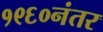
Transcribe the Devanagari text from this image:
१९६०नंतर